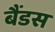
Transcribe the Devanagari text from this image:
बैंडस